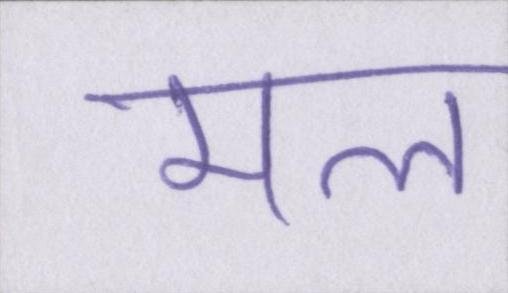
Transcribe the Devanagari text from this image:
मल